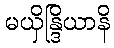
မယှိန္ဒြိယာနိ